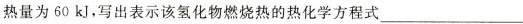
热量为60kJ，写出表示该氢化物燃烧热的热化学方程式___